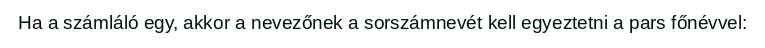
Ha a számláló egy, akkor a nevezőnek a sorszámnevét kell egyeztetni a pars főnévvel: